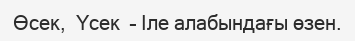
Өсек,  Үсек  – Іле алабындағы өзен.